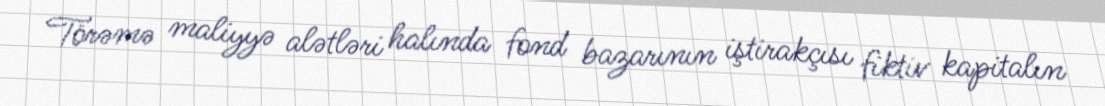
Törəmə maliyyə alətləri halında fond bazarının iştirakçısı fiktiv kapitalın